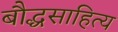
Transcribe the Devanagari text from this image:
बौद्धसाहित्य